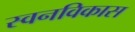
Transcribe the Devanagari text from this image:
स्वनविकास